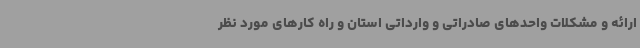
ارائه و مشکلات واحدهای صادراتی و وارداتی استان و راه کارهای مورد نظر